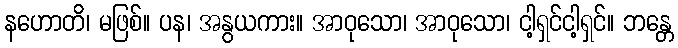
နဟောတိ၊ မဖြစ်။ ပန၊ အနွယကား။ အာဝုသော၊ အာဝုသော၊ ငါ့ရှင်ငါ့ရှင်။ ဘန္တေ